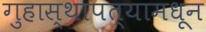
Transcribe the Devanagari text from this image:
गुहास्थापत्यामधून